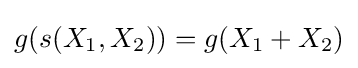
g(s(X_{1},X_{2}))=g(X_{1}+X_{2})